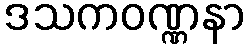
ဒသကဝဏ္ဏနာ